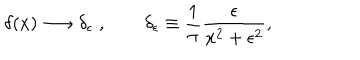
\delta ( x ) \longrightarrow \delta _ { \epsilon } \; , \qquad \delta _ { \epsilon } \equiv \frac { 1 } { \pi } \frac { \epsilon } { x ^ { 2 } + \epsilon ^ { 2 } } ,